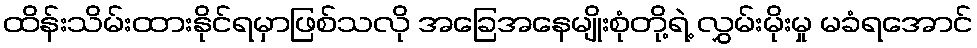
ထိန်းသိမ်းထားနိုင်ရမှာဖြစ်သလို အခြေအနေမျိုးစုံတို့ရဲ့ လွှမ်းမိုးမှု မခံရအောင်